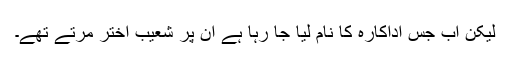
لیکن اب جس اداکارہ کا نام لیا جا رہا ہے ان پر شعیب اختر مرتے تھے۔